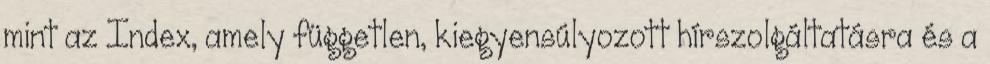
mint az Index, amely független, kiegyensúlyozott hírszolgáltatásra és a